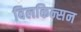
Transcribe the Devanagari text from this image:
विलकिन्सन